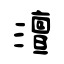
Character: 澶